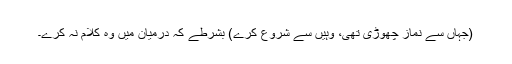
(جہاں سے نماز چھوڑی تھی، وہیں سے شروع کرے) بشرطے کہ درمیان میں وہ کلام نہ کرے۔